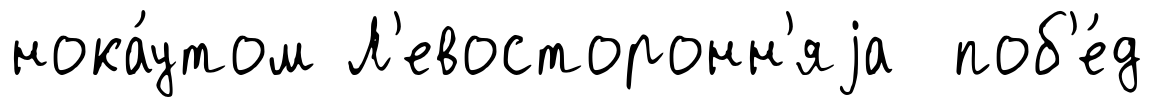
нока́утом Л'евосторонн'яjа поб'е́д